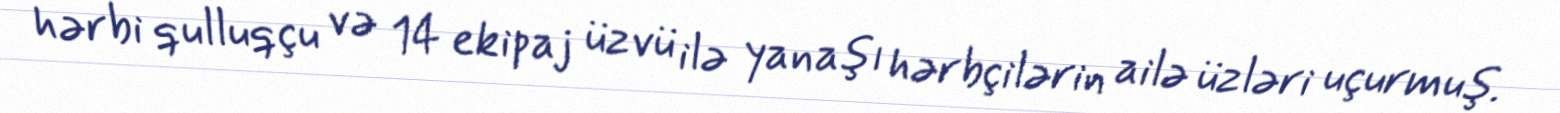
hərbi qulluqçu və 14 ekipaj üzvü ilə yanaşı hərbçilərin ailə üzləri uçurmuş.